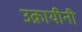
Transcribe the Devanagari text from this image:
उक्रायीनी